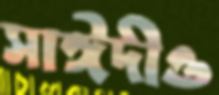
সাঈদীও